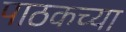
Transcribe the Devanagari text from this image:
पाठकच्या